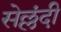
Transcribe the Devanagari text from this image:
सेल्लंदी